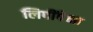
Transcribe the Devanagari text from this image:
लिपींपेक्षा